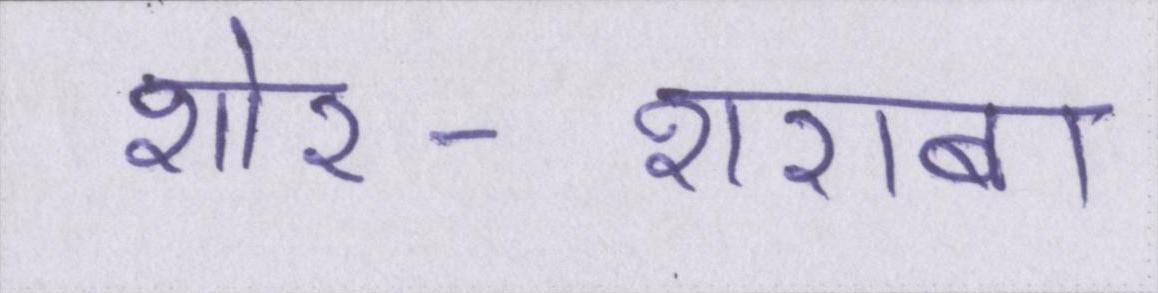
शोर-शराबा